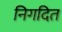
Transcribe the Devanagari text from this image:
निगदित